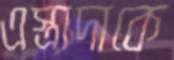
এস্ত্রাদাকে